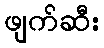
ဖျက်ဆီး